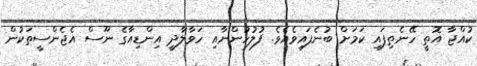
ކުއްޖާ އޮތީ ހޭނެތިފައި ކަމަށް ބުނެފައިވެއެވެ. ފުލުހުންނާއި ހަވާލާދީ އިންޑިއާގެ ނޫސް އެޖެންސީތަކުން